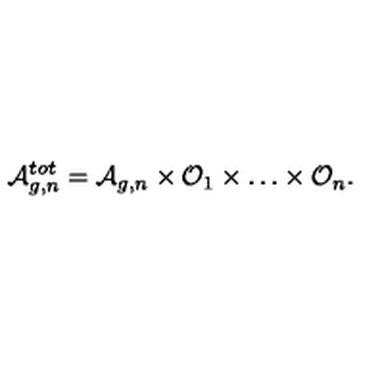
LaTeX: { \cal A } _ { g , n } ^ { t o t } = { \cal A } _ { g , n } \times { \cal O } _ { 1 } \times \dots \times { \cal O } _ { n } .